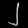
Digit: ၂